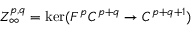
Z _ { \infty } ^ { p , q } = \ker ( F ^ { p } C ^ { p + q } \rightarrow C ^ { p + q + 1 } )